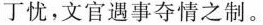
丁忧，文官遇事夺情之制。